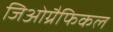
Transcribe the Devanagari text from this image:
जिओग्रैफिकल